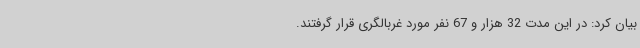
بیان‌ کرد: در این مدت 32 هزار و 67 نفر مورد غربالگری قرار گرفتند.